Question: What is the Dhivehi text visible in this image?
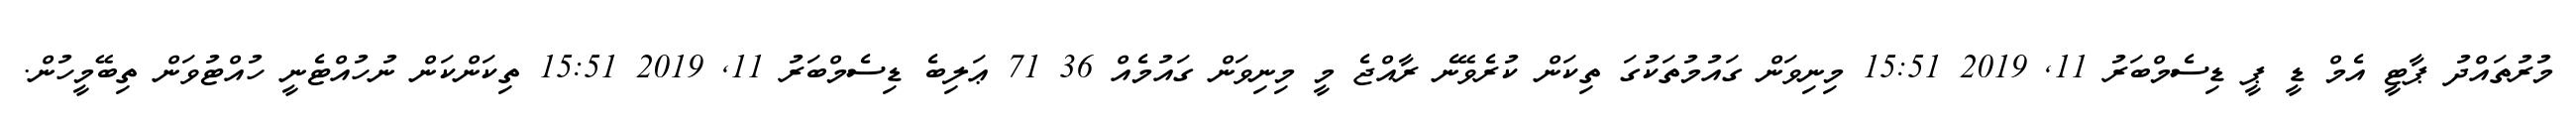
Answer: މުރުތައްދު ޕާޓީ އެމް ޑީ ޕީ ޑިސެމްބަރު 11, 2019 15:51 މިނިވަން ގައުމުތަކުގަ ތިކަން ކުރެވޭނެ ރާއްޖެ މީ މިނިވަން ގައުމެއް 36 71 ޢަލިބެ ޑިސެމްބަރު 11, 2019 15:51 ތިކަންކަން ނުހުއްޓެނީ ހުއްޓުވަން ތިބޭމީހުން.